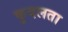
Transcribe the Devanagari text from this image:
कुदलता